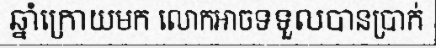
ឆ្នាំក្រោយមក លោកអាចទទួលបានប្រាក់